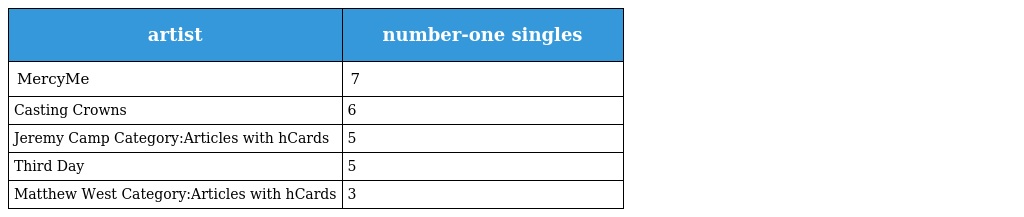
| artist | number-one singles |
 | --- | --- |
 | MercyMe | 7 |
 | Casting Crowns | 6 |
 | Jeremy Camp Category:Articles with hCards | 5 |
 | Third Day | 5 |
 | Matthew West Category:Articles with hCards | 3 |